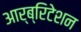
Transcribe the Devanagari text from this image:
आर्ब्रिटेशन